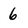
Character: 6